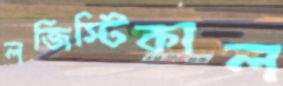
লজিস্টিকাল